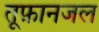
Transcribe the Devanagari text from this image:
तूफ़ानजल